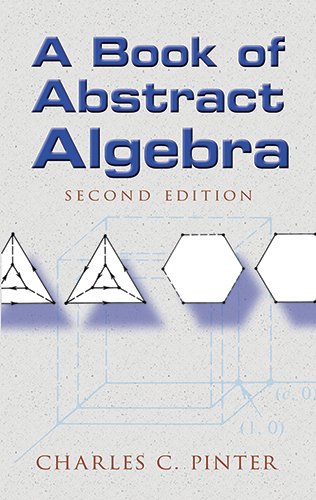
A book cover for A Book of Abstract Algebra: Second Edition (Dover Books on Mathematics); Charles C Pinter; Science & Math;